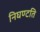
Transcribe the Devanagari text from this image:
निघण्टति